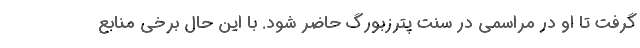
گرفت تا او در مراسمی در سنت پترزبورگ حاضر شود. با این حال برخی منابع